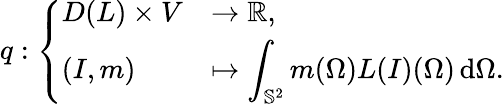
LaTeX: q:\left\{ \begin{array}{ll}{D(L)\times V}&{\to\mathbb R,}\\ {(I,m)}&{\mapsto\displaystyle\int_{\mathbb S^{2}}m(\Omega)L(I)(\Omega)\, \mathrm{d}\Omega.}\end{array}\right.